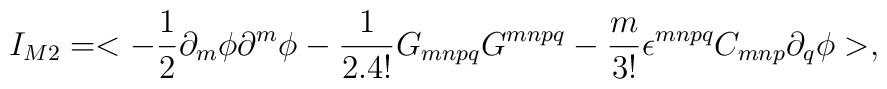
I_{M2} = <-\frac{1}{2}\partial_m\phi\partial^m\phi -\frac{1}{2.4!}G_{mnpq}G^{mnpq} - \frac{m}{3!}\epsilon^{mnpq}C_{mnp}\partial_q\phi >,